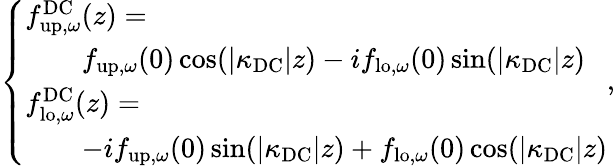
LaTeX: \begin{array}{r}{\left\{ \begin{array}{ll}{{f}_{\mathrm{up},\omega}^{\mathrm{DC}}(z)=}\\ {\quad\quad{f}_{\mathrm{up},\omega}(0)\cos(|\kappa_{\mathrm{DC}}|z)-i{f}_{\mathrm{lo},\omega}(0)\sin(|\kappa_{\mathrm{DC}}|z)}\\ {{f}_{\mathrm{lo},\omega}^{\mathrm{DC}}(z)=}\\ {\quad\quad-i{f}_{\mathrm{up},\omega}(0)\sin(|\kappa_{\mathrm{DC}}|z)+{f}_{\mathrm{lo},\omega}(0)\cos(|\kappa_{\mathrm{DC}}|z)}\end{array}\right.,}\end{array}